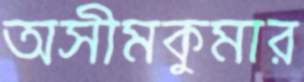
অসীমকুমার